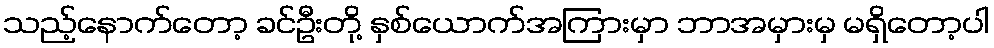
သည့်နောက်တော့ ခင်ဦးတို့ နှစ်ယောက်အကြားမှာ ဘာအမှားမှ မရှိတော့ပါ